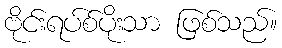
ဗိုင်းရပ်စ်ပိုးသာ ဖြစ်သည်။